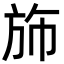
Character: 斾